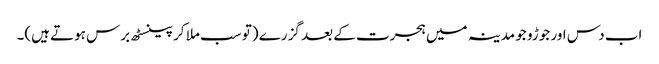
اب دس اور جوڑو جو مدینہ میں ہجرت کے بعد گزرے (تو سب ملا کر پینسٹھ برس ہوتے ہیں)۔